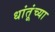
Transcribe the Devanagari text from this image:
धांतूंच्या